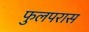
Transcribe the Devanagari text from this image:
फुलपरास